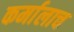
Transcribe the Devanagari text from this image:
कर्मालाच